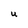
Character: U